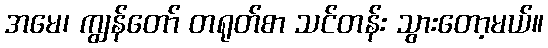
အမေ၊ ကျွန်တော် တရုတ်စာ သင်တန်း သွားတော့မယ်။